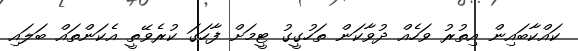
ކައްކާބައިން އިތުރު ވަހެއް ދުވާކަން ތަހުގީގު ޓީމަށް ފާހަގަ ކުރެވޭތީ އެކަންތައް ބަލައި